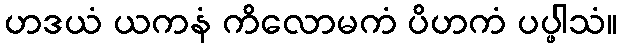
ဟဒယံ ယကနံ ကိလောမကံ ပိဟကံ ပပ္ဖါသံ။